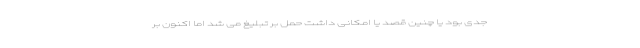
جدی بود یا چنین قصد یا امکانی داشت حمل بر تبلیغ می شد اما اکنون بر